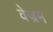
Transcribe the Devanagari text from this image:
वेज्रम